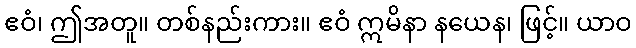
ဧဝံ၊ ဤအတူ။ တစ်နည်းကား။ ဧဝံ ဣမိနာ နယေန၊ ဖြင့်။ ယာဝ